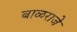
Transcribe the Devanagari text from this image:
बाळराजे